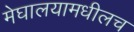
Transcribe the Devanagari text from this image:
मेघालयामधीलच